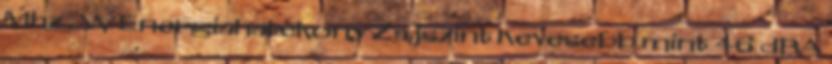
Mhz . W Energiahatékony Zajszint Kevesebb mint 46 dBA